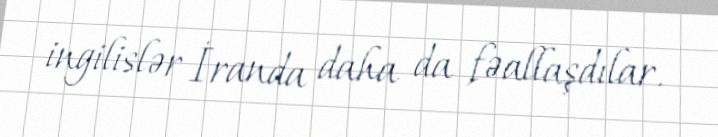
ingilislər İranda daha da fəallaşdılar.